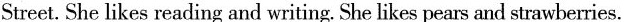
Street. She likes reading and writing. She likes pears and strawberries.